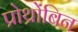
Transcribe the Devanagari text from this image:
प्रोथ्रोंबिन